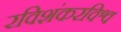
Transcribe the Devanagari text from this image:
रविशंकरविश्व